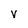
Character: V